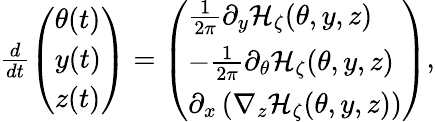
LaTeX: \begin{array}{r}{\frac{d}{dt}\left(\begin{array}{l}{\theta(t)}\\ {y(t)}\\ {z(t)}\end{array}\right)=\left(\begin{array}{l}{\frac{1}{2\pi}\partial_{y}\mathcal{H}_{\zeta}(\theta,y,z)}\\ {-\frac{1}{2\pi}\partial_{\theta}\mathcal{H}_{\zeta}(\theta,y,z)}\\ {\partial_{x}\left(\nabla_{z}\mathcal{H}_{\zeta}(\theta,y,z)\right)}\end{array}\right),}\end{array}